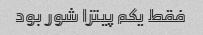
فقط یکم‌ پیتزا شور بود